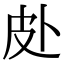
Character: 𱱿